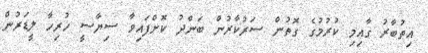
އިތުބާރު ގާއިމި ކުރުމުގެ ގޮތުން ސަރުކާރުން ބަންދު ކޮށްފައިވާ ސިޔާސީ ހުރިހާ ލީޑަރުން